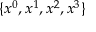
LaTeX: \{ x ^ { 0 } , x ^ { 1 } , x ^ { 2 } , x ^ { 3 } \}